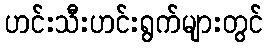
ဟင်းသီးဟင်းရွက်များတွင်